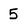
Character: 5